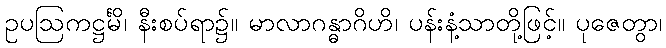
ဥပဩကဋ္ဌင်္မိ၊ နီးစပ်ရာ၌။ မာလာဂန္ဓာဂိဟိ၊ ပန်းနံ့သာတို့ဖြင့်။ ပုဇေတွာ၊